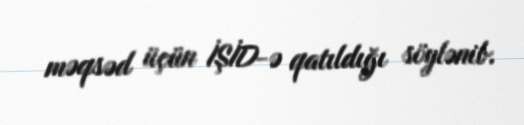
məqsəd üçün İŞİD-ə qatıldığı söylənib.